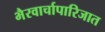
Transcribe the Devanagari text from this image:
भैरवार्चापारिजात